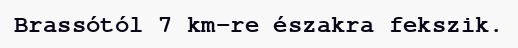
Brassótól 7 km-re északra fekszik.